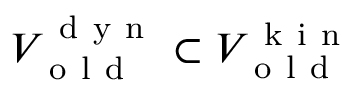
V _ { \mathrm { ~ o ~ l ~ d ~ } } ^ { \mathrm { ~ d ~ y ~ n ~ } } \subset V _ { \mathrm { ~ o ~ l ~ d ~ } } ^ { \mathrm { ~ k ~ i ~ n ~ } }